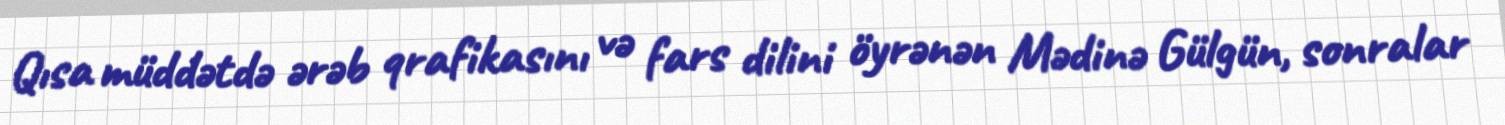
Qısa müddətdə ərəb qrafikasını və fars dilini öyrənən Mədinə Gülgün, sonralar